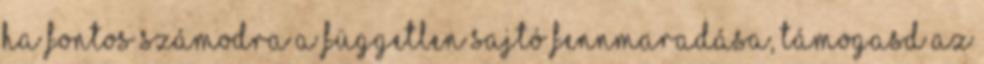
Ha fontos számodra a független sajtó fennmaradása, támogasd az